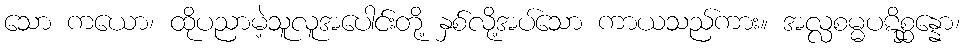
သော ကယော၊ ထိုပညာမဲ့သူလူအပေါင်းတို့ နှစ်လို့အပ်သော ကာယသည်ကား။ အလ္လစမ္မပဋိစ္ဆန္နော၊